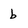
Character: b